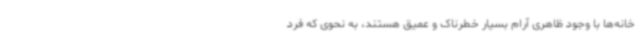
خانه‌ها با وجود ظاهری آرام بسیار خطرناک و عمیق هستند، به نحوی که فرد